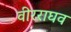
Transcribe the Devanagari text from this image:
वीरराघव